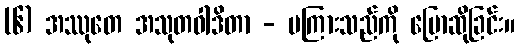
(၆) အဿုတေ အသုတဝါဒိတာ - မကြားသည်ကို ပြောဆိုခြင်း။